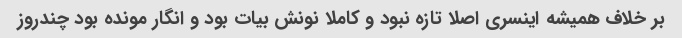
بر خلاف همیشه اینسری اصلا تازه نبود و کاملا نونش بیات بود و انگار مونده بود چندروز